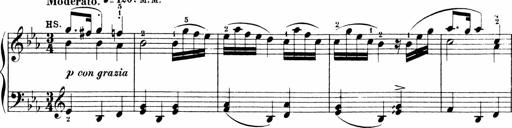
Title: Sonatinen Op.47, 98 und 136, nebst 6 Liedersonatinen
Composer: Carl Reinecke